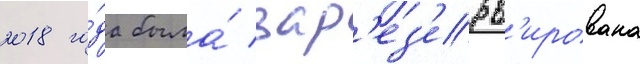
2018 го́да была́ зар'ез'ерв'ирована